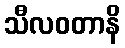
သီလဝတာနိ